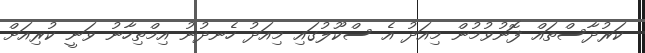
ކަރުދާސްތައް ފޮނުވުމުން މިއަދު އެ ސްކޫލުގައި މިއަދު ހެނދުނު އިމްތިހާނު ވަނީ ކުރިއަށް